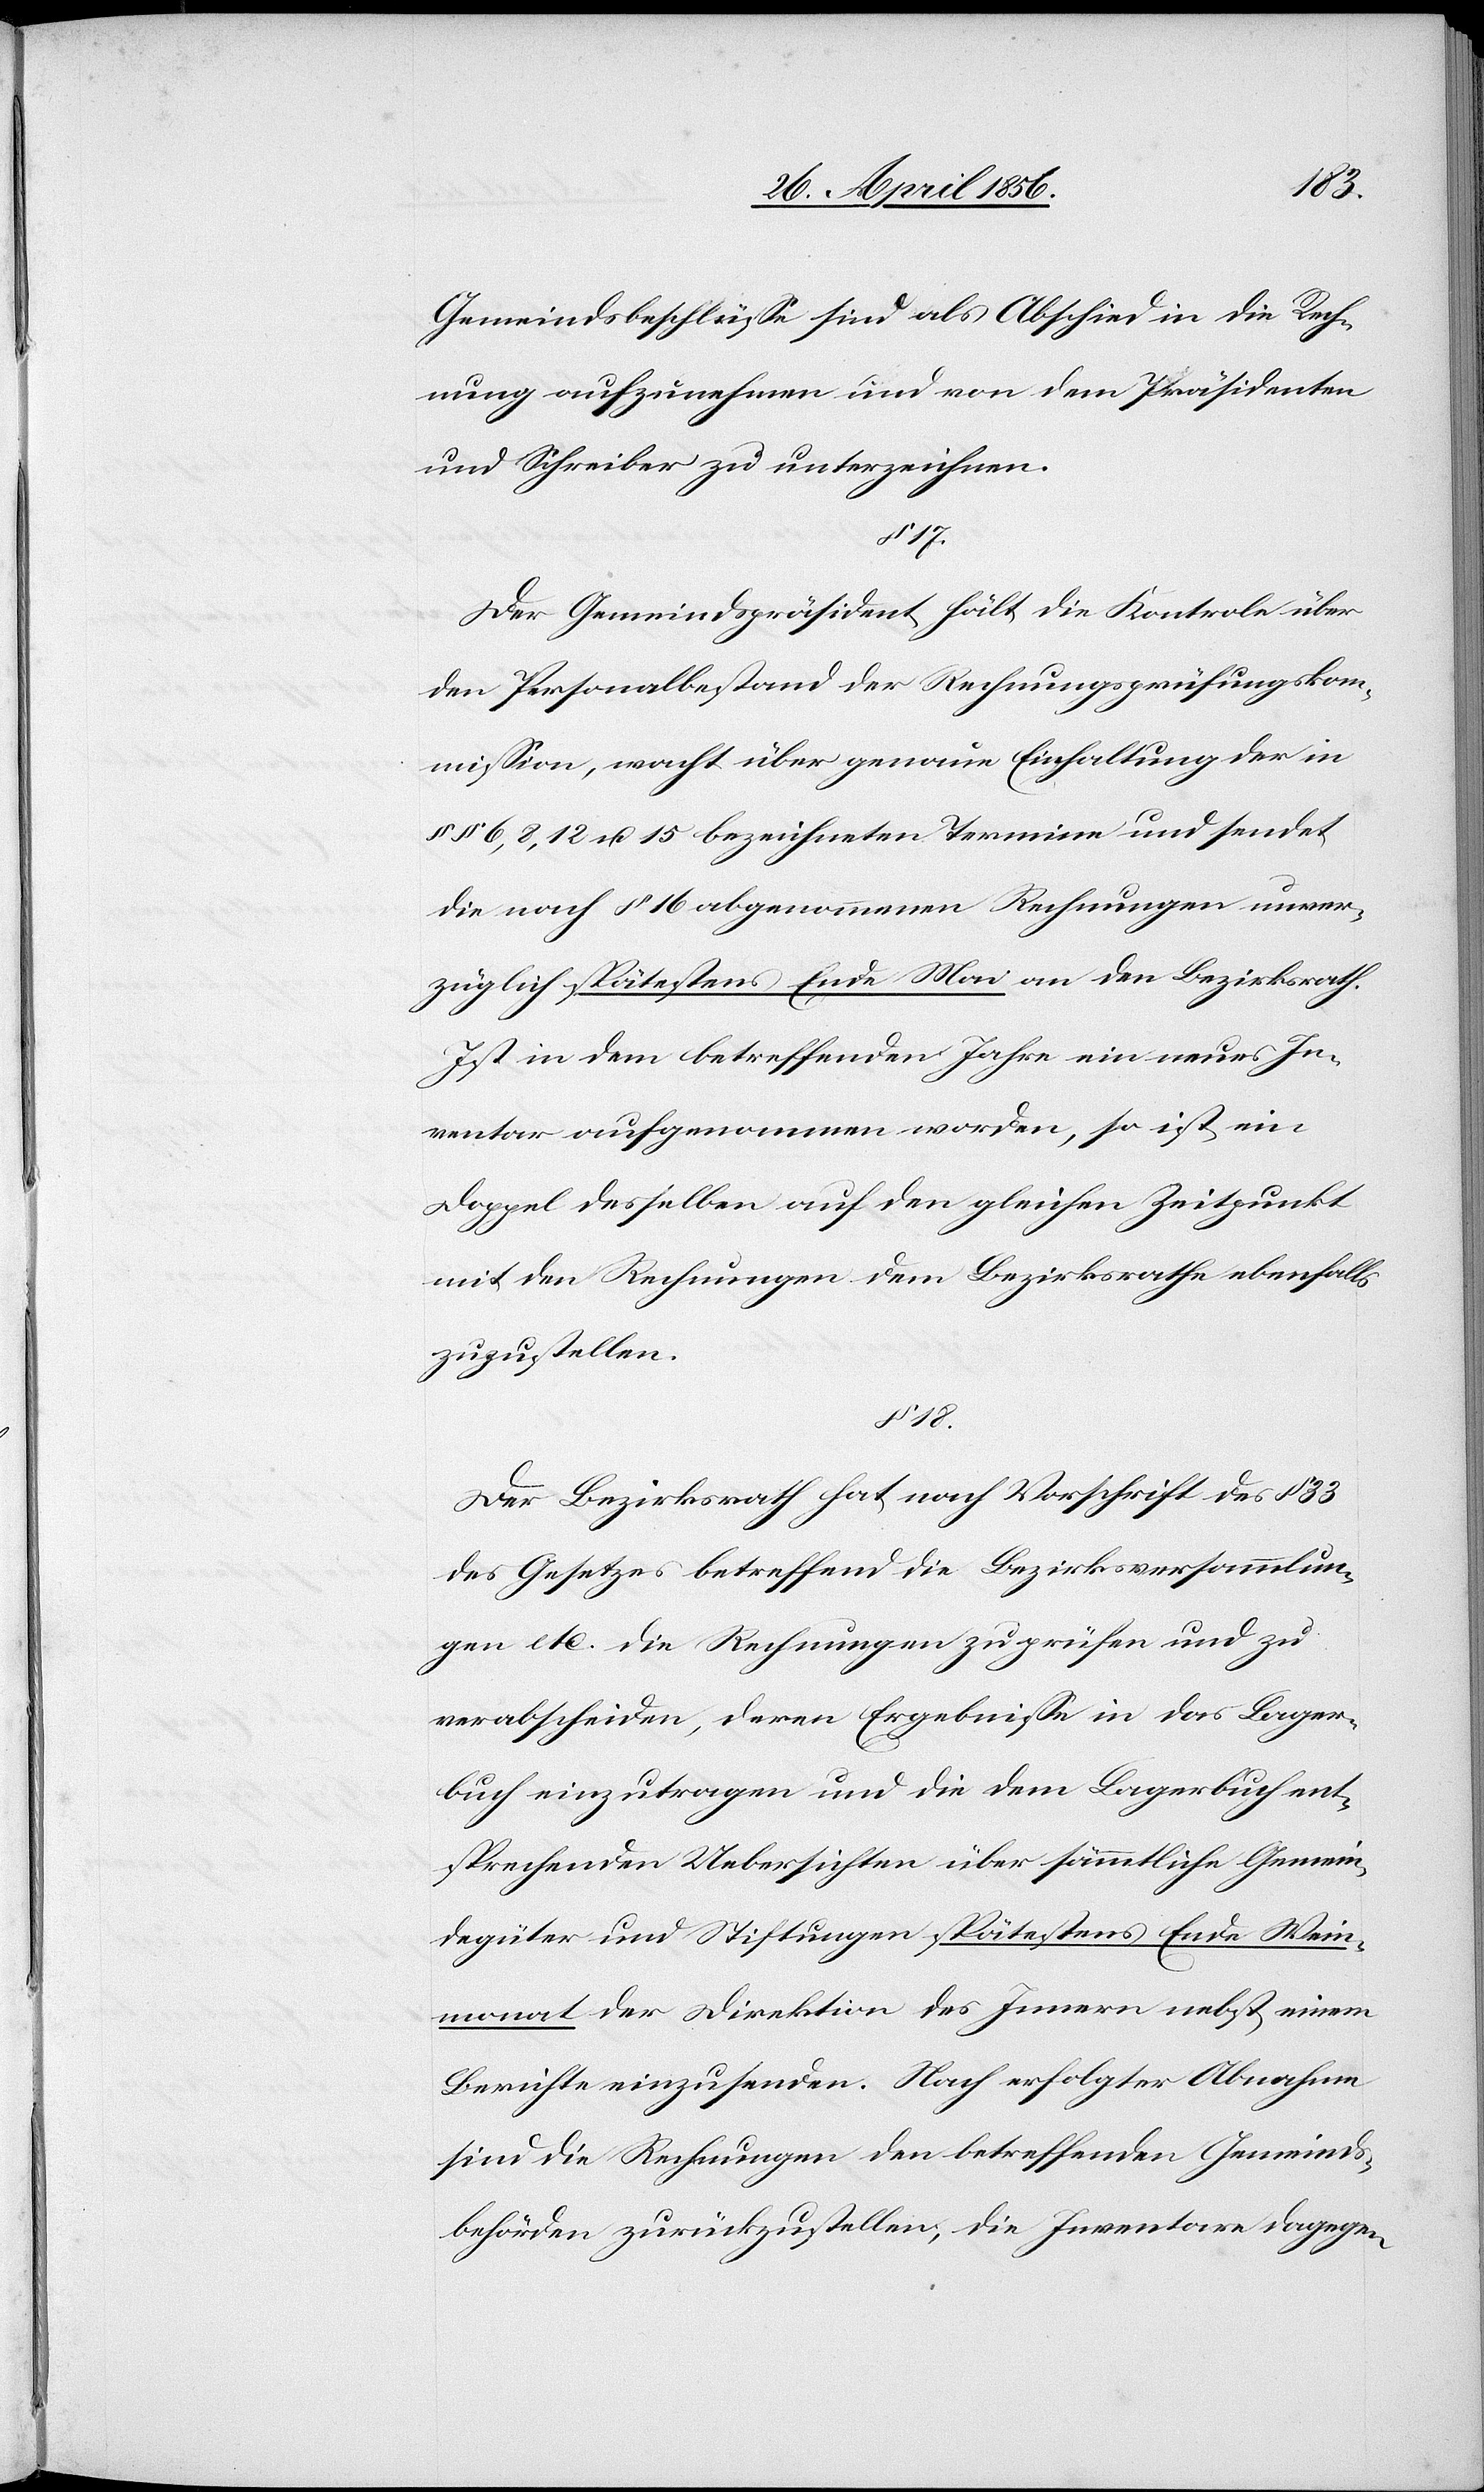
18.
Gemeindsbeschlüsse sind als Abschied in die Rech¬
nung aufzunehmen und von dem Präsidenten
und Schreiber zu unterzeichnen.
§ 17.
Der Gemeindspräsident hält die Kontrole über
den Personalbestand der Rechnungsprüfungskom¬
mission, wacht über genaue Einhaltung der in
§§ 6, 8, 12 u. 15 bezeichneten Termine und sendet
die nach § 16 abgenommenen Rechnungen unver¬
züglich spätestens Ende Mai an den Bezirksrath.
Ist in dem betreffenden Jahre ein neues In¬
ventar aufgenommen worden, so ist ein
Doppel desselben auf den gleichen Zeitpunkt
mit den Rechnungen dem Bezirksrathe ebenfalls
zuzustellen.
Der Bezirksrath hat nach Vorschrift des §
des Gesetzes betreffend die Bezirksversammlun¬
gen etc. die Rechnungen zu prüfen und zu
verabscheiden, deren Ergebnisse in das Lager¬
buch einzutragen und die dem Lagerbuch ent¬
sprechenden Uebersichten über sämmtliche Gemein¬
degüter und Stiftungen spätestens Ende Wein¬
monat der Direktion des Innern nebst einem
Berichte einzusenden. Nach erfolgter Abnahme
sind die Rechnungen den betreffenden Gemeinds¬
behörden zurückzustellen, die Inventare dagegen